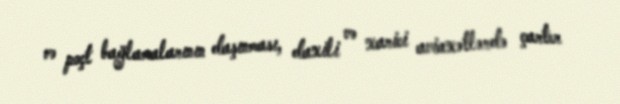
və poçt bağlamalarının daşınması, daxili və xarici aviaxətlərdə çarter